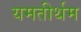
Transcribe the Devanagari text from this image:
यमतीर्थम